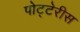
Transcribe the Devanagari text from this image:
पोट्टेरीस